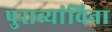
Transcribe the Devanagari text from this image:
पुराव्यांविना